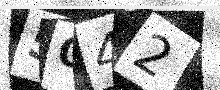
Text: 5042